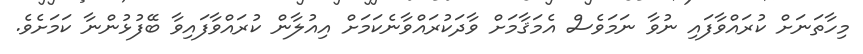
މިހާތަނަށް ކުރައްވާފައި ނުވާ ނަމަވެސް އެމަޤާމަށް ވާދަކުރައްވާނެކަމަށް އިއުލާން ކުރައްވާފައިވާ ބޭފުޅުންނާ ކަމަށެވެ.